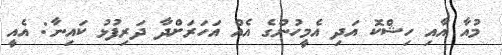
މުއާ އާއި ހިޝްކޮ އަދި އެމީހުންގެ އެއް އަހަރަށްދާ ދަރިފުޅު ކައިނާ: އެއީ